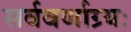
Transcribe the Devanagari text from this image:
सर्ववर्णाग्र्यः